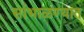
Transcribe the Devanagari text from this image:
सांभाळण्यात